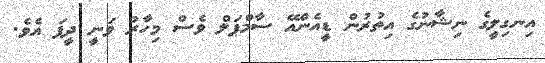
އިނގިލީގެ ނިޝާނުގެ އިތުރުން ޑީއެންއޭ ސާމްޕަލް ވެސް މިހާރު ވަނީ ދީފަ އެވެ.